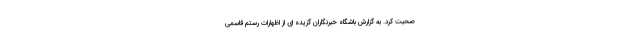
صحبت کرد. به گزارش باشگاه خبرنگاران گزیده ای از اظهارات رستم قاسمی